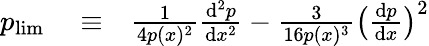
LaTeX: \begin{array}{rlr}{p_{\mathrm{lim}}}&{{}\equiv}&{\frac{1}{4p(x)^{2}}\frac{\mathrm{d}^{2}p}{\mathrm{d}x^{2}}-\frac{3}{16p(x)^{3}}\bigl(\frac{\mathrm{d}p}{\mathrm{d}x}\bigl)^{2}}\end{array}